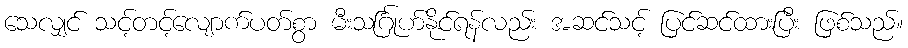
သေလျှင် သင့်တင့်လျောက်ပတ်စွာ မီးသင်္ဂြုဟ်နိုင်ရန်လည်း အဆင်သင့် ပြင်ဆင်ထားပြီး ဖြစ်သည်။